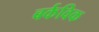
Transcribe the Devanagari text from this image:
बर्कविक